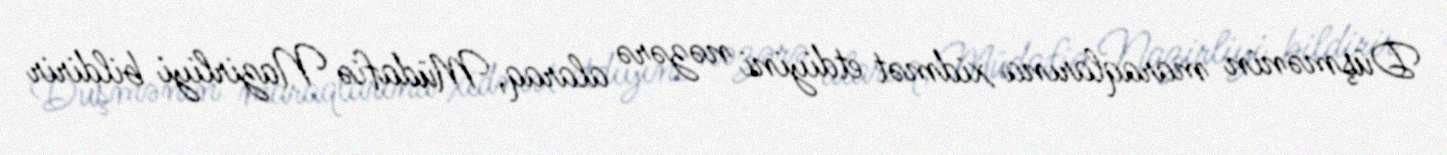
Düşmənin maraqlarına xidmət etdiyini nəzərə alaraq, Müdafiə Nazirliyi bildirir